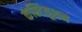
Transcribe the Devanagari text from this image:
कंस्टियूशन